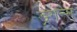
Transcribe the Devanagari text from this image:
ड्रेगन्स